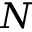
N